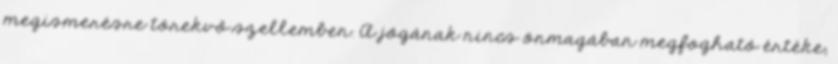
megismerésre törekvő szellemben. A jógának nincs önmagában megfogható értéke;